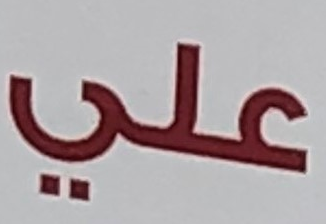
علي